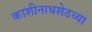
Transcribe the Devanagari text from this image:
काशीनाथशेठच्या